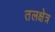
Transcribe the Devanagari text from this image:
तलक्षेत्र